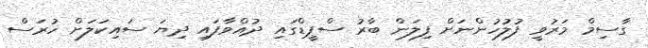
ގާސިމް މަރުވީ ފުލުހުންނަށް ފިލަން ބާރު ސްޕީޑްގައި ދުއްވާފައި ދިޔަ ސައިކަލަށް ހުރަސް